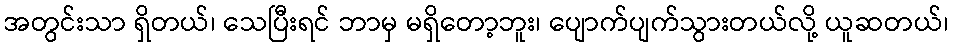
အတွင်းသာ ရှိတယ်၊ သေပြီးရင် ဘာမှ မရှိတော့ဘူး၊ ပျောက်ပျက်သွားတယ်လို့ ယူဆတယ်၊